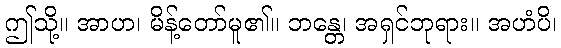
ဤသို့။ အာဟ၊ မိန့်တော်မူ၏။ ဘန္တေ၊ အရှင်ဘုရား။ အဟံပိ၊